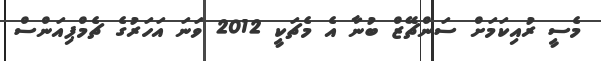
މެސީ ރުއިކަމަށް ސަންޗޭޒް ބުނާ އެ މެޗަކީ 2012 ވަނަ އަހަރުގެ ޗެމްޕިއަންސް